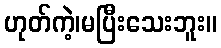
ဟုတ်ကဲ့၊မပြီးသေးဘူး။